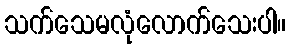
သက်သေမလုံလောက်သေးပါ။